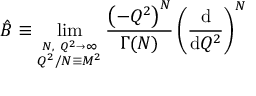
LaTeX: \hat { B } \equiv \operatorname * { l i m } _ { \stackrel { N , ~ Q ^ { 2 } \rightarrow \infty } { Q ^ { 2 } / N \equiv M ^ { 2 } } } \frac { \left( - Q ^ { 2 } \right) ^ { N } } { \Gamma ( N ) } \left( \frac { \mathrm { d } } { \mathrm { d } Q ^ { 2 } } \right) ^ { N }